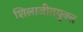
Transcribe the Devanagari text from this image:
शिलाजीतयुक्त